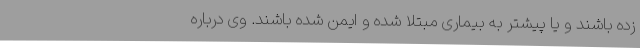
زده باشند و یا پیشتر به بیماری مبتلا شده و ایمن شده باشند. وی درباره